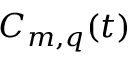
C _ { m , q } ( t )